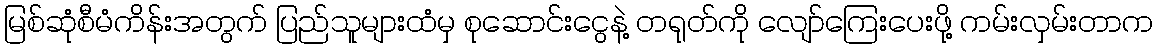
မြစ်ဆုံစီမံကိန်းအတွက် ပြည်သူများထံမှ စုဆောင်းငွေနဲ့ တရုတ်ကို လျော်ကြေးပေးဖို့ ကမ်းလှမ်းတာက